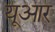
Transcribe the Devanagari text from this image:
यूआर